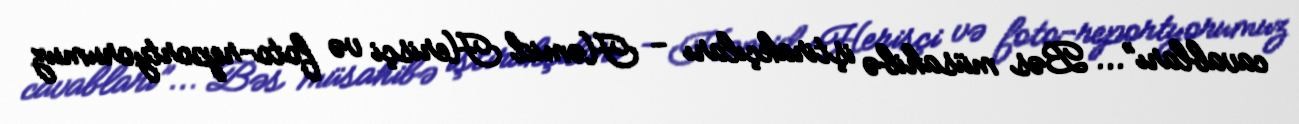
cavabları”... Bəs müsahibə iştirakçıları - Həmid Herisçi və foto-reportyorumuz